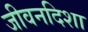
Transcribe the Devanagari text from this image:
जीवनदिशा